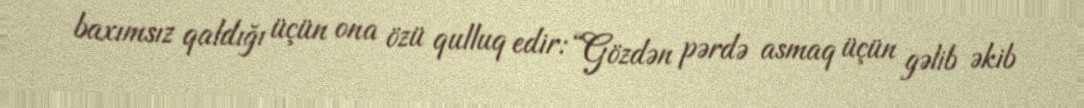
baxımsız qaldığı üçün ona özü qulluq edir: “Gözdən pərdə asmaq üçün gəlib əkib